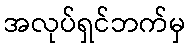
အလုပ်ရှင်ဘက်မှ